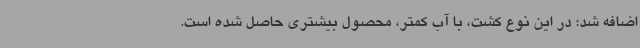
اضافه شد؛ در این نوع کشت، با آب کمتر، محصول بیشتری حاصل شده است.